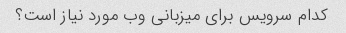
کدام سرویس برای میزبانی وب مورد نیاز است؟